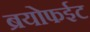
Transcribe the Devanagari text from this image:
ब्रयोफईट